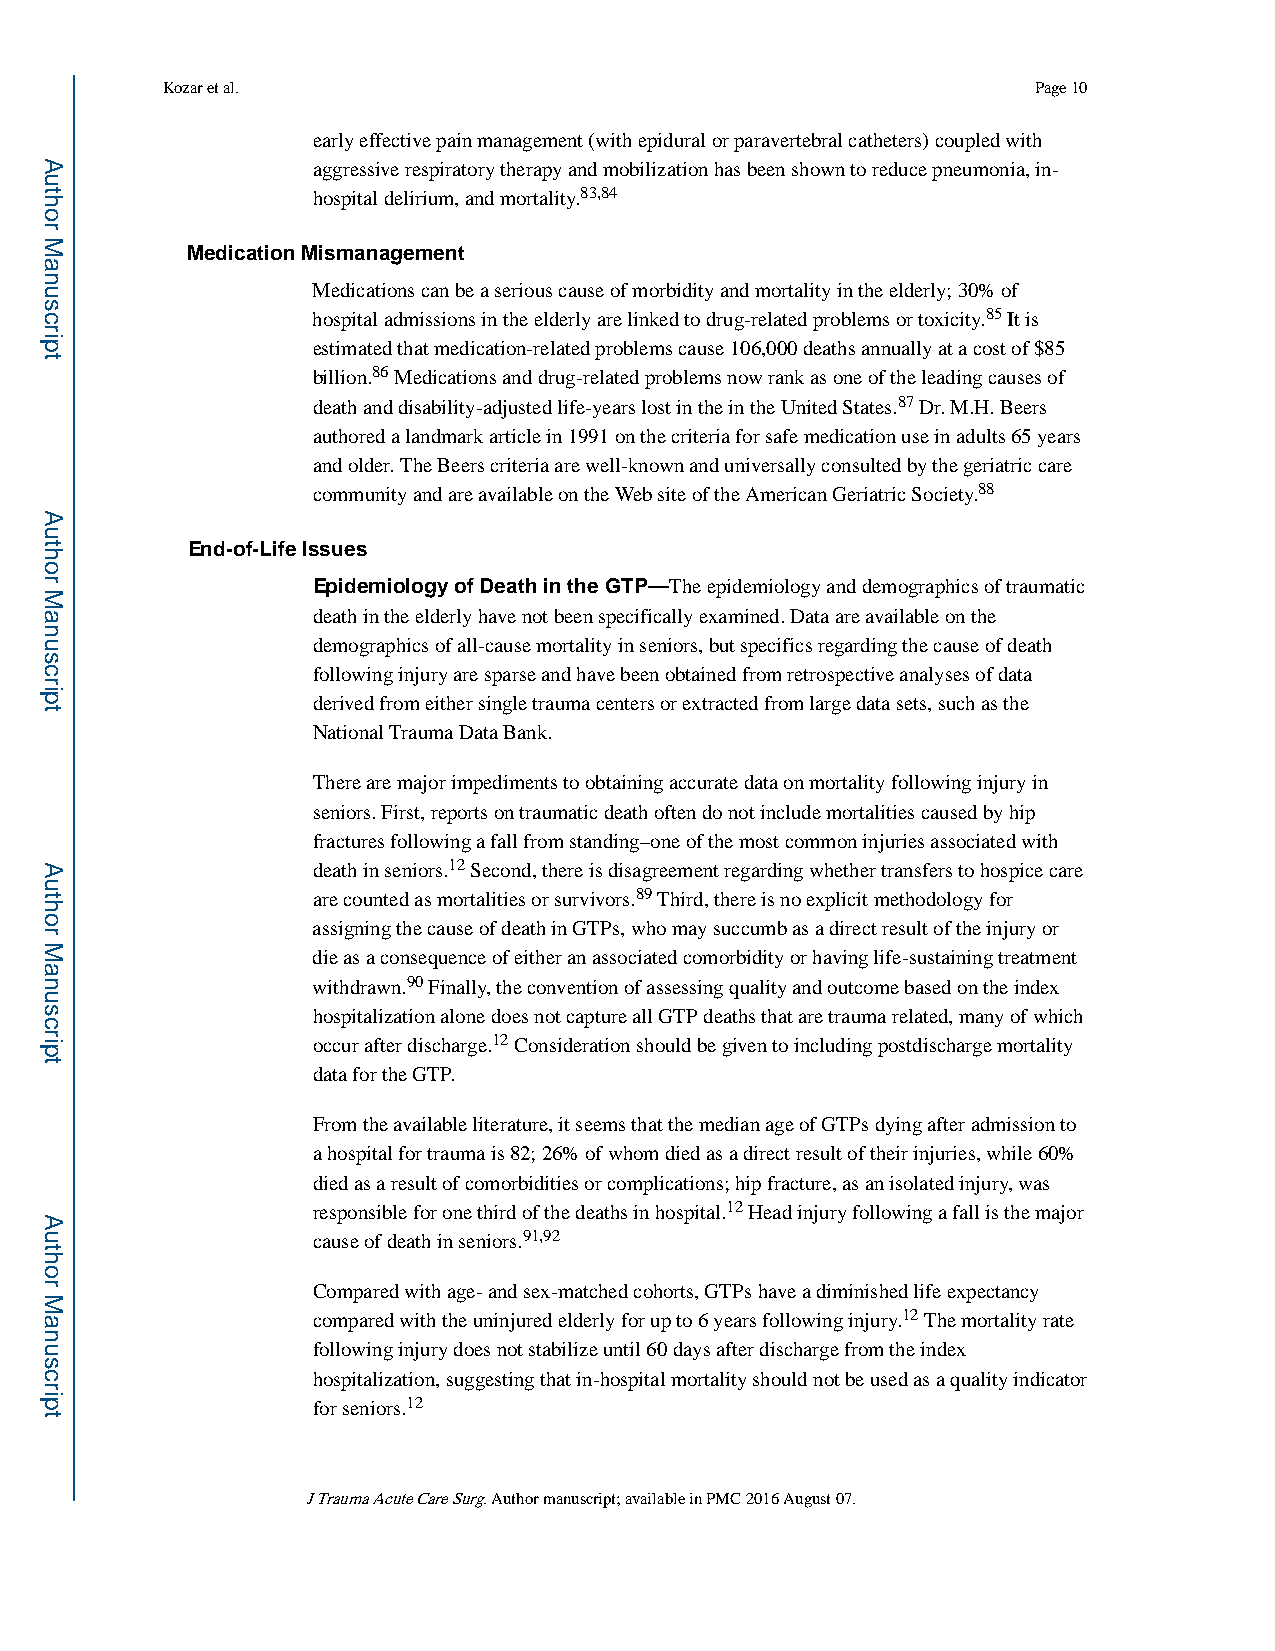
Kozar et al.                                             Page 10
 early effective pain management (with epidural or paravertebral catheters) coupled with
 aggressive respiratory therapy and mobilization has been shown to reduce pneumonia, in-
 hospital delirium, and mortality.83,84
 Medication Mismanagement
 Medications can be a serious cause of morbidity and mortality in the elderly; 30% of
 hospital admissions in the elderly are linked to drug-related problems or toxicity.85 It is
 estimated that medication-related problems cause 106,000 deaths annually at a cost of $85
 billion.86 Medications and drug-related problems now rank as one of the leading causes of
 death and disability-adjusted life-years lost in the in the United States.87 Dr. M.H. Beers
 authored a landmark article in 1991 on the criteria for safe medication use in adults 65 years
 and older. The Beers criteria are well-known and universally consulted by the geriatric care
 community and are available on the Web site of the American Geriatric Society.88
 End-of-Life Issues
 Epidemiology of Death in the GTP—The epidemiology and demographics of traumatic
 death in the elderly have not been specifically examined. Data are available on the
 demographics of all-cause mortality in seniors, but specifics regarding the cause of death
 following injury are sparse and have been obtained from retrospective analyses of data
 derived from either single trauma centers or extracted from large data sets, such as the
 National Trauma Data Bank.
 There are major impediments to obtaining accurate data on mortality following injury in
 seniors. First, reports on traumatic death often do not include mortalities caused by hip
 fractures following a fall from standing–one of the most common injuries associated with
 death in seniors.12 Second, there is disagreement regarding whether transfers to hospice care
 are counted as mortalities or survivors.89 Third, there is no explicit methodology for
 assigning the cause of death in GTPs, who may succumb as a direct result of the injury or
 die as a consequence of either an associated comorbidity or having life-sustaining treatment
 withdrawn.90 Finally, the convention of assessing quality and outcome based on the index
 hospitalization alone does not capture all GTP deaths that are trauma related, many of which
 occur after discharge.12 Consideration should be given to including postdischarge mortality
 data for the GTP.
 From the available literature, it seems that the median age of GTPs dying after admission to
 a hospital for trauma is 82; 26% of whom died as a direct result of their injuries, while 60%
 died as a result of comorbidities or complications; hip fracture, as an isolated injury, was
 responsible for one third of the deaths in hospital.12 Head injury following a fall is the major
 cause of death in seniors.91,92
 Compared with age- and sex-matched cohorts, GTPs have a diminished life expectancy
 compared with the uninjured elderly for up to 6 years following injury.12 The mortality rate
 following injury does not stabilize until 60 days after discharge from the index
 hospitalization, suggesting that in-hospital mortality should not be used as a quality indicator
 for seniors.12
 J Trauma Acute Care Surg. Author manuscript; available in PMC 2016 August 07.
 Author
 Manuscript
 Author
 Manuscript
 Author
 Manuscript
 Author
 Manuscript